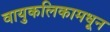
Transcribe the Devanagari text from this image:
वायुकलिकामधून